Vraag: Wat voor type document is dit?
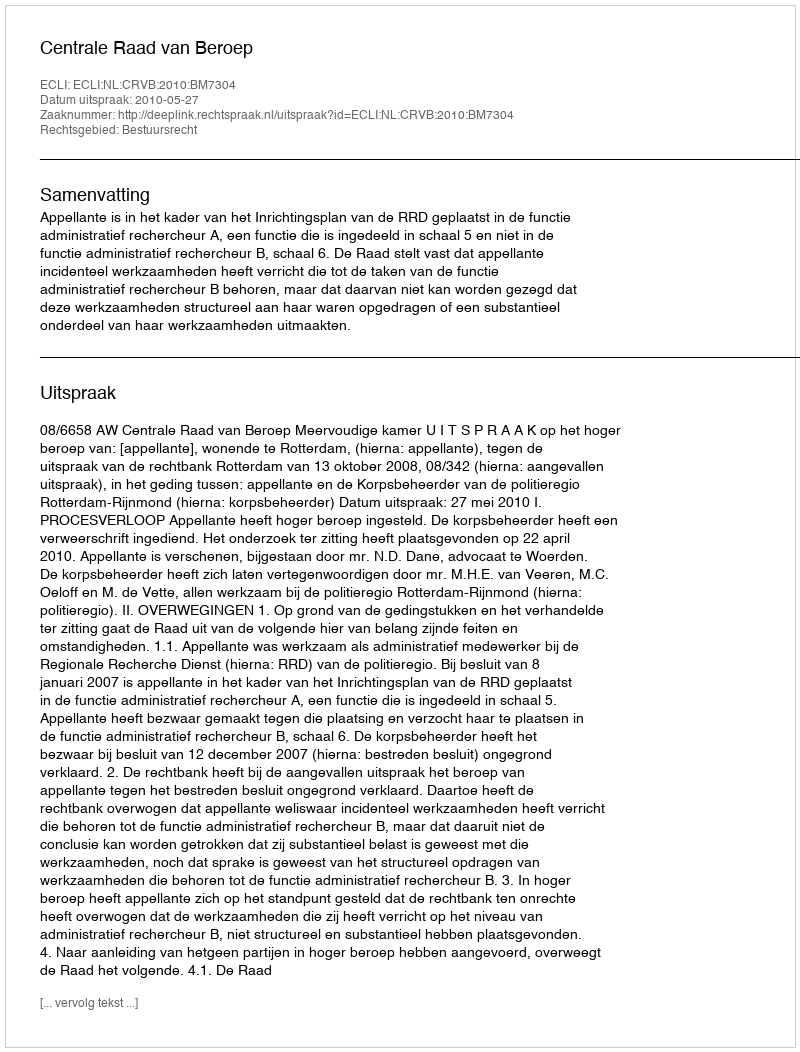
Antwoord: Uitspraak